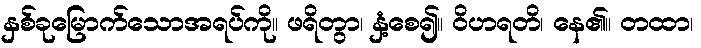
နှစ်ခုမြောက်သောအရပ်ကို။ ဖရိတွာ၊ နှံ့စေ၍။ ဝိဟရတိ၊ နေ၏။ တထာ၊